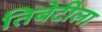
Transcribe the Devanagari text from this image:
तिबेटीला